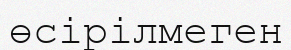
өсірілмеген